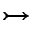
\rightarrowtail